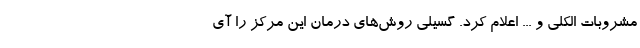
مشروبات الکلی و ... اعلام کرد. گسیلی روش‌های درمان این مرکز را آی